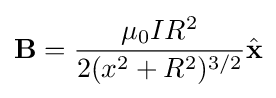
\mathbf {B} ={\frac {\mu _{0}IR^{2}}{2(x^{2}+R^{2})^{3/2}}}{\hat {\mathbf {x} }}